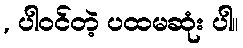
, ပါဝင်တဲ့ ပထမဆုံး ပါ။